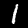
Digit: 1